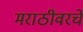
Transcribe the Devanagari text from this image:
मराठीवरचे